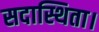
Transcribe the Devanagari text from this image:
सदास्थिता।